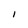
Character: 1